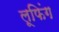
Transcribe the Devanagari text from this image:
लूफिंग